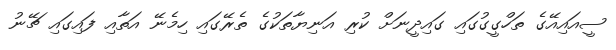
ސީއައިއޭގެ ތަހްގީގުގައި ގައިދީނަށް ކުރި އަނިޔާތަކުގެ ތެރޭގައި ހިމެނޭ އަތާއި ފައިގައި ޗޭނު